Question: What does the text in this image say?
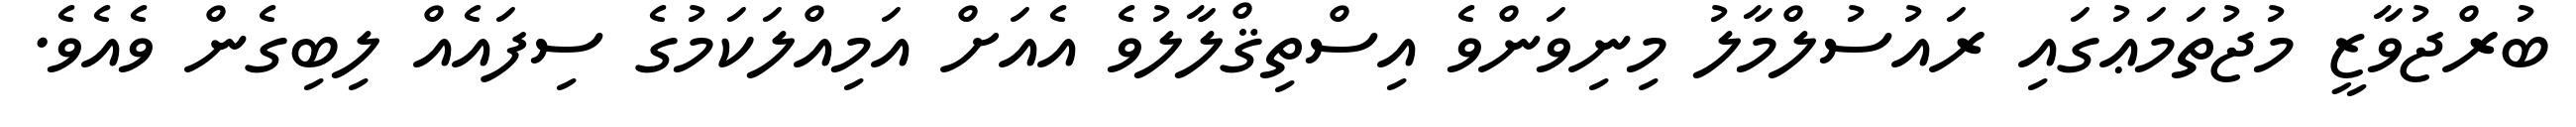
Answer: ބުރްޖުވާޒީ މުޖުތަމަޢުގައި ރައުސުލްމާލު މިނިވަންވެ އިސްތިޤްލާލުވެ އެއަށް އަމިއްލަކަމުގެ ސިފައެއް ލިބިގެން ވެއެވެ.